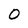
Character: O